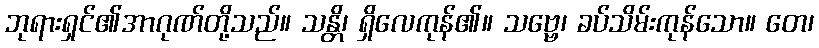
ဘုရားရှင်၏အာဂုဏ်တို့သည်။ သန္တိ၊ ရှိလေကုန်၏။ သဗ္ဗေ၊ ခပ်သိမ်းကုန်သော။ တေ၊